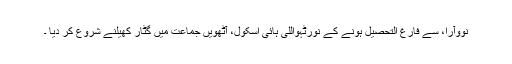
نووآرا، سے فارغ التحصیل ہونے کے نورٹہواللی ہائی اسکول، آٹھویں جماعت میں گٹار کھیلنے شروع کر دیا ۔